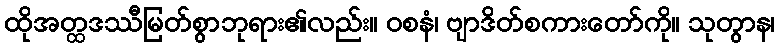
ထိုအတ္ထဒဿီမြတ်စွာဘုရား၏လည်း။ ဝစနံ၊ ဗျာဒိတ်စကားတော်ကို။ သုတွာန၊